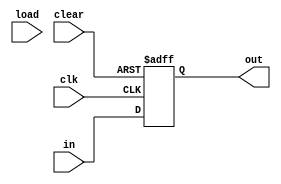
module register # (parameter N = 8)
	(input clk,
	 input [N-1:0] in,
    output reg [N-1:0] out,
    input load,
    input clear
    );
	 
	 always @ (posedge clk or posedge clear)
		if (clear)		out <= 0;
		else if (load)	out <= in;
		else			out <= in;

endmodule